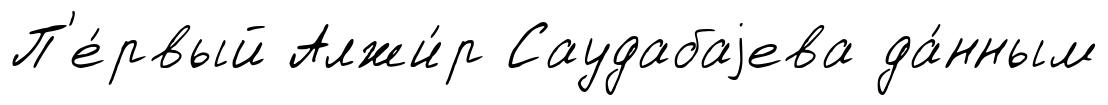
П'е́рвый Алжи́р Саудабаjева да́нным